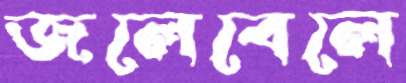
জলেবেলে